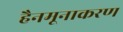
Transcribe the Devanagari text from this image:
हैनमूनाकरण